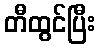
တီထွင်ပြီး